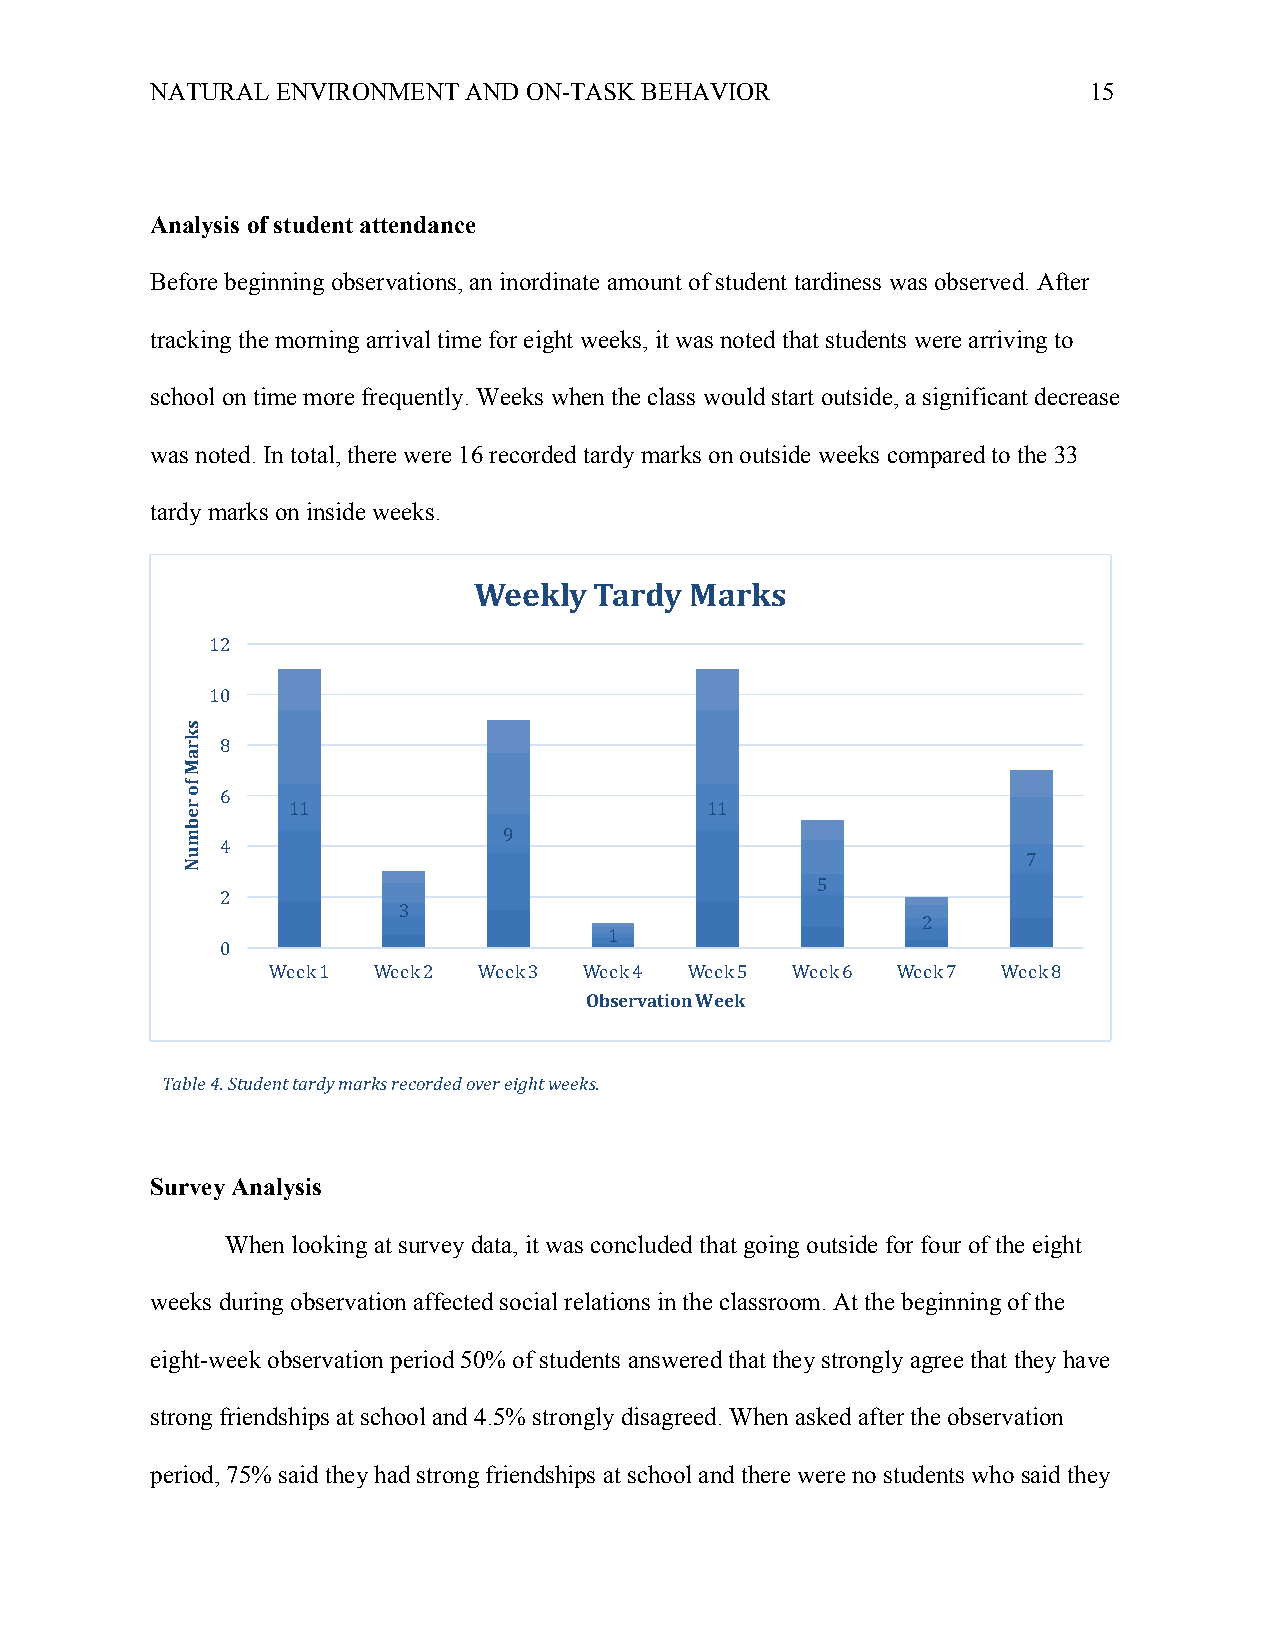
NATURAL ENVIRONMENT  AND ON-TASK BEHAVIOR                     15
 Analysis of student attendance
 Before beginning observations, an inordinate amount of student tardiness was observed. After
 tracking the morning arrival time for eight weeks, it was noted that students were arriving to
 school on time more frequently. Weeks when the class would start outside, a significant decrease
 was noted. In total, there were 16 recorded tardy marks on outside weeks compared to the 33
 tardy marks on inside weeks.
 Weekly  Tardy  Marks
 12
 10
 8
 6
 11                          11
 9
 4
 7
 5
 2
 3
 2
 1
 0
 Week 1 Week 2 Week 3 Week 4 Week 5 Week 6 Week 7 Week 8
 Observation Week
 Table 4. Student tardy marks recorded over eight weeks.
 Survey Analysis
 When looking at survey data, it was concluded that going outside for four of the eight
 weeks during observation affected social relations in the classroom. At the beginning of the
 eight-week observation period 50% of students answered that they strongly agree that they have
 strong friendships at school and 4.5% strongly disagreed. When asked after the observation
 period, 75% said they had strong friendships at school and there were no students who said they
 skraM
 fo
 rebmuN